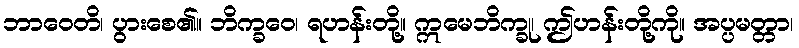
ဘာဝေတိ၊ ပွားစေ၏။ ဘိက္ခဝေ၊ ရဟန်းတို့။ ဣမေဘိက္ခု၊ ဤဟန်းတို့ကို။ အပ္ပမတ္တာ၊